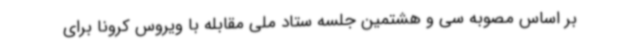
بر اساس مصوبه سی و هشتمین جلسه ستاد ملی مقابله با ویروس کرونا برای